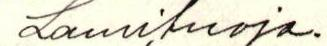
Lauri Suoja